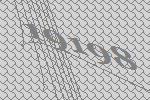
19198